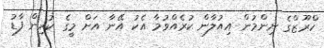
ކްރޫޒްގެ ނިންމުން އިއުލާން ކުރެއްވުމާ އެކު އޭނާ އަށް މީގެ ކުރިން ފާޑު